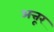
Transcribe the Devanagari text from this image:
अत्तूर